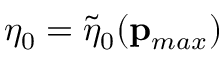
\eta _ { 0 } = \tilde { \eta } _ { 0 } ( \mathbf { p } _ { m a x } )